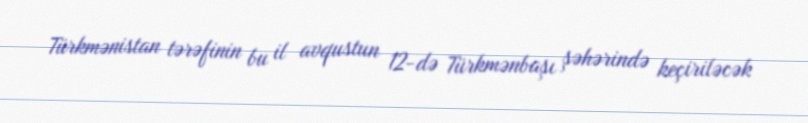
Türkmənistan tərəfinin bu il avqustun 12-də Türkmənbaşı şəhərində keçiriləcək